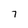
Character: 7